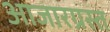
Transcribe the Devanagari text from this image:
आजारग्रस्त